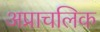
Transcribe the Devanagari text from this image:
अप्राचलिक